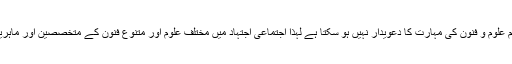
چونکہ کوئی ایک فرد تمام علوم و فنون کی مہارت کا دعویدار نہیں ہو سکتا ہے لہٰذا اجتماعی اجتہاد میں مختلف علوم اور متنوع فنون کے متخصصین اور ماہرین کو موجود ہونا چاہیے ۔